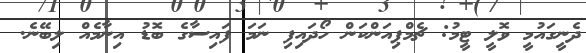
ދެނީގައުމީ ވޮލީ ޓީމު: ޗެމްޕިއަންކަން ހޯދައިފި ނަމަ ފައިސާގެ ބޮޑު އިނާމެއް ލިބޭނެ.